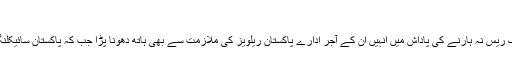
‘‘
ستم ظریفی یہ کہ عاشق کے بقول دانستہ طور پر ایک ریس نہ ہارنے کی پاداش میں انہیں ان کے آجر ادارے پاکستان ریلویز کی ملازمت سے بھی ہاتھ دھونا پڑا جب کہ پاکستان سائیکلنگ فیڈریشن نے بھی کبھی مڑ کر ان کی خبر نہیں لی۔